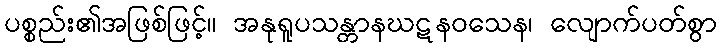
ပစ္စည်း၏အဖြစ်ဖြင့်။ အနုရူပသန္တာနဃဋနဝသေန၊ လျောက်ပတ်စွာ